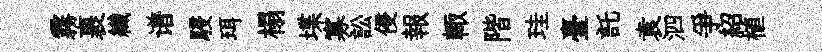
霧裹纎谱駸珥榻堞寡訟侵報輙階珪臺託袁泗爭紹植